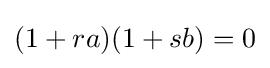
(1+ra)(1+sb)=0